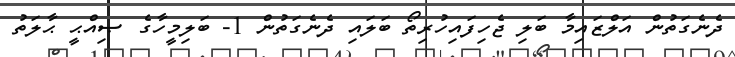
ދެނެގަތުން އަލްޒައިމާ ބަލި ޖެހިފައިހުރިތޯ ބަލައި ދެނެގަތުން 1- ބަލިމީހާގެ ޞިއްޙީ ޙާލަތު